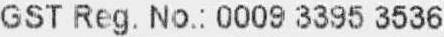
GST REG. NO.: 0009 3395 3536